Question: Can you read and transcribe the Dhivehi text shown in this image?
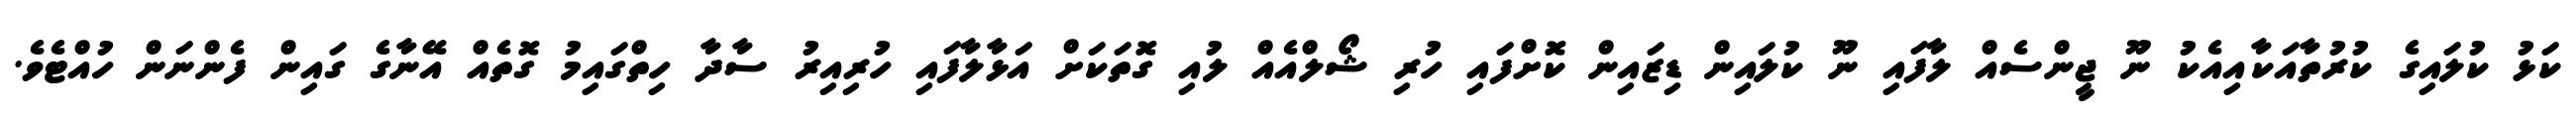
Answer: ކަޅު ކުލައިގެ ކުރުތާއަކާއިއެކު ނޫ ޖީންސެއް ލާފައި ނޫ ކުލައިން ޑިޒައިން ކޮށްފައި ހުރި ޝޯލްއެއް ލުއި ގޮތަކަށް އަޅާލާފައި ހުރިއިރު ސާދާ ހިތްގައިމު ގޮތެއް އޭނާގެ ގައިން ފެންނަން ހުއްޓެވެ.